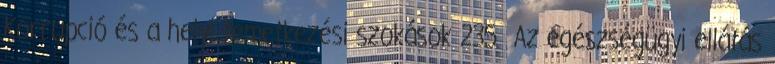
Korrupció és a helyi temetkezési szokások 235 Az egészségügyi ellátás